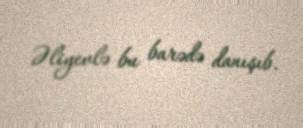
Əliyevlə bu barədə danışıb.